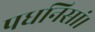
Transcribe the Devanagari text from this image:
पधनिसां।